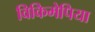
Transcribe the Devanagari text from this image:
विकिमेपिया